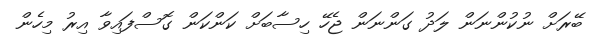
ބޭރަށް ނުކުންނަން ލަދު ގަންނަން ޖެހޭ ހިސާބަށް ކަންކަން ގޮސްފައިވާ އިރު މިހެން